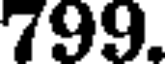
799.